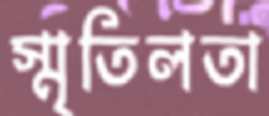
স্মৃতিলতা